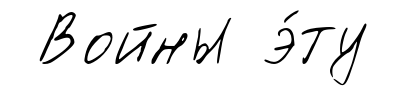
Войны э́ту